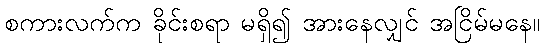
စကားလက်က ခိုင်းစရာ မရှိ၍ အားနေလျှင် အငြိမ်မနေ။